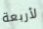
لأربعة